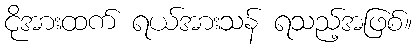
ငိုအားထက် ရယ်အားသန် ရသည့်အဖြစ်။